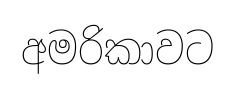
අමරිකාවට